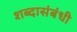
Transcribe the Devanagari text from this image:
शब्दासंबंधी